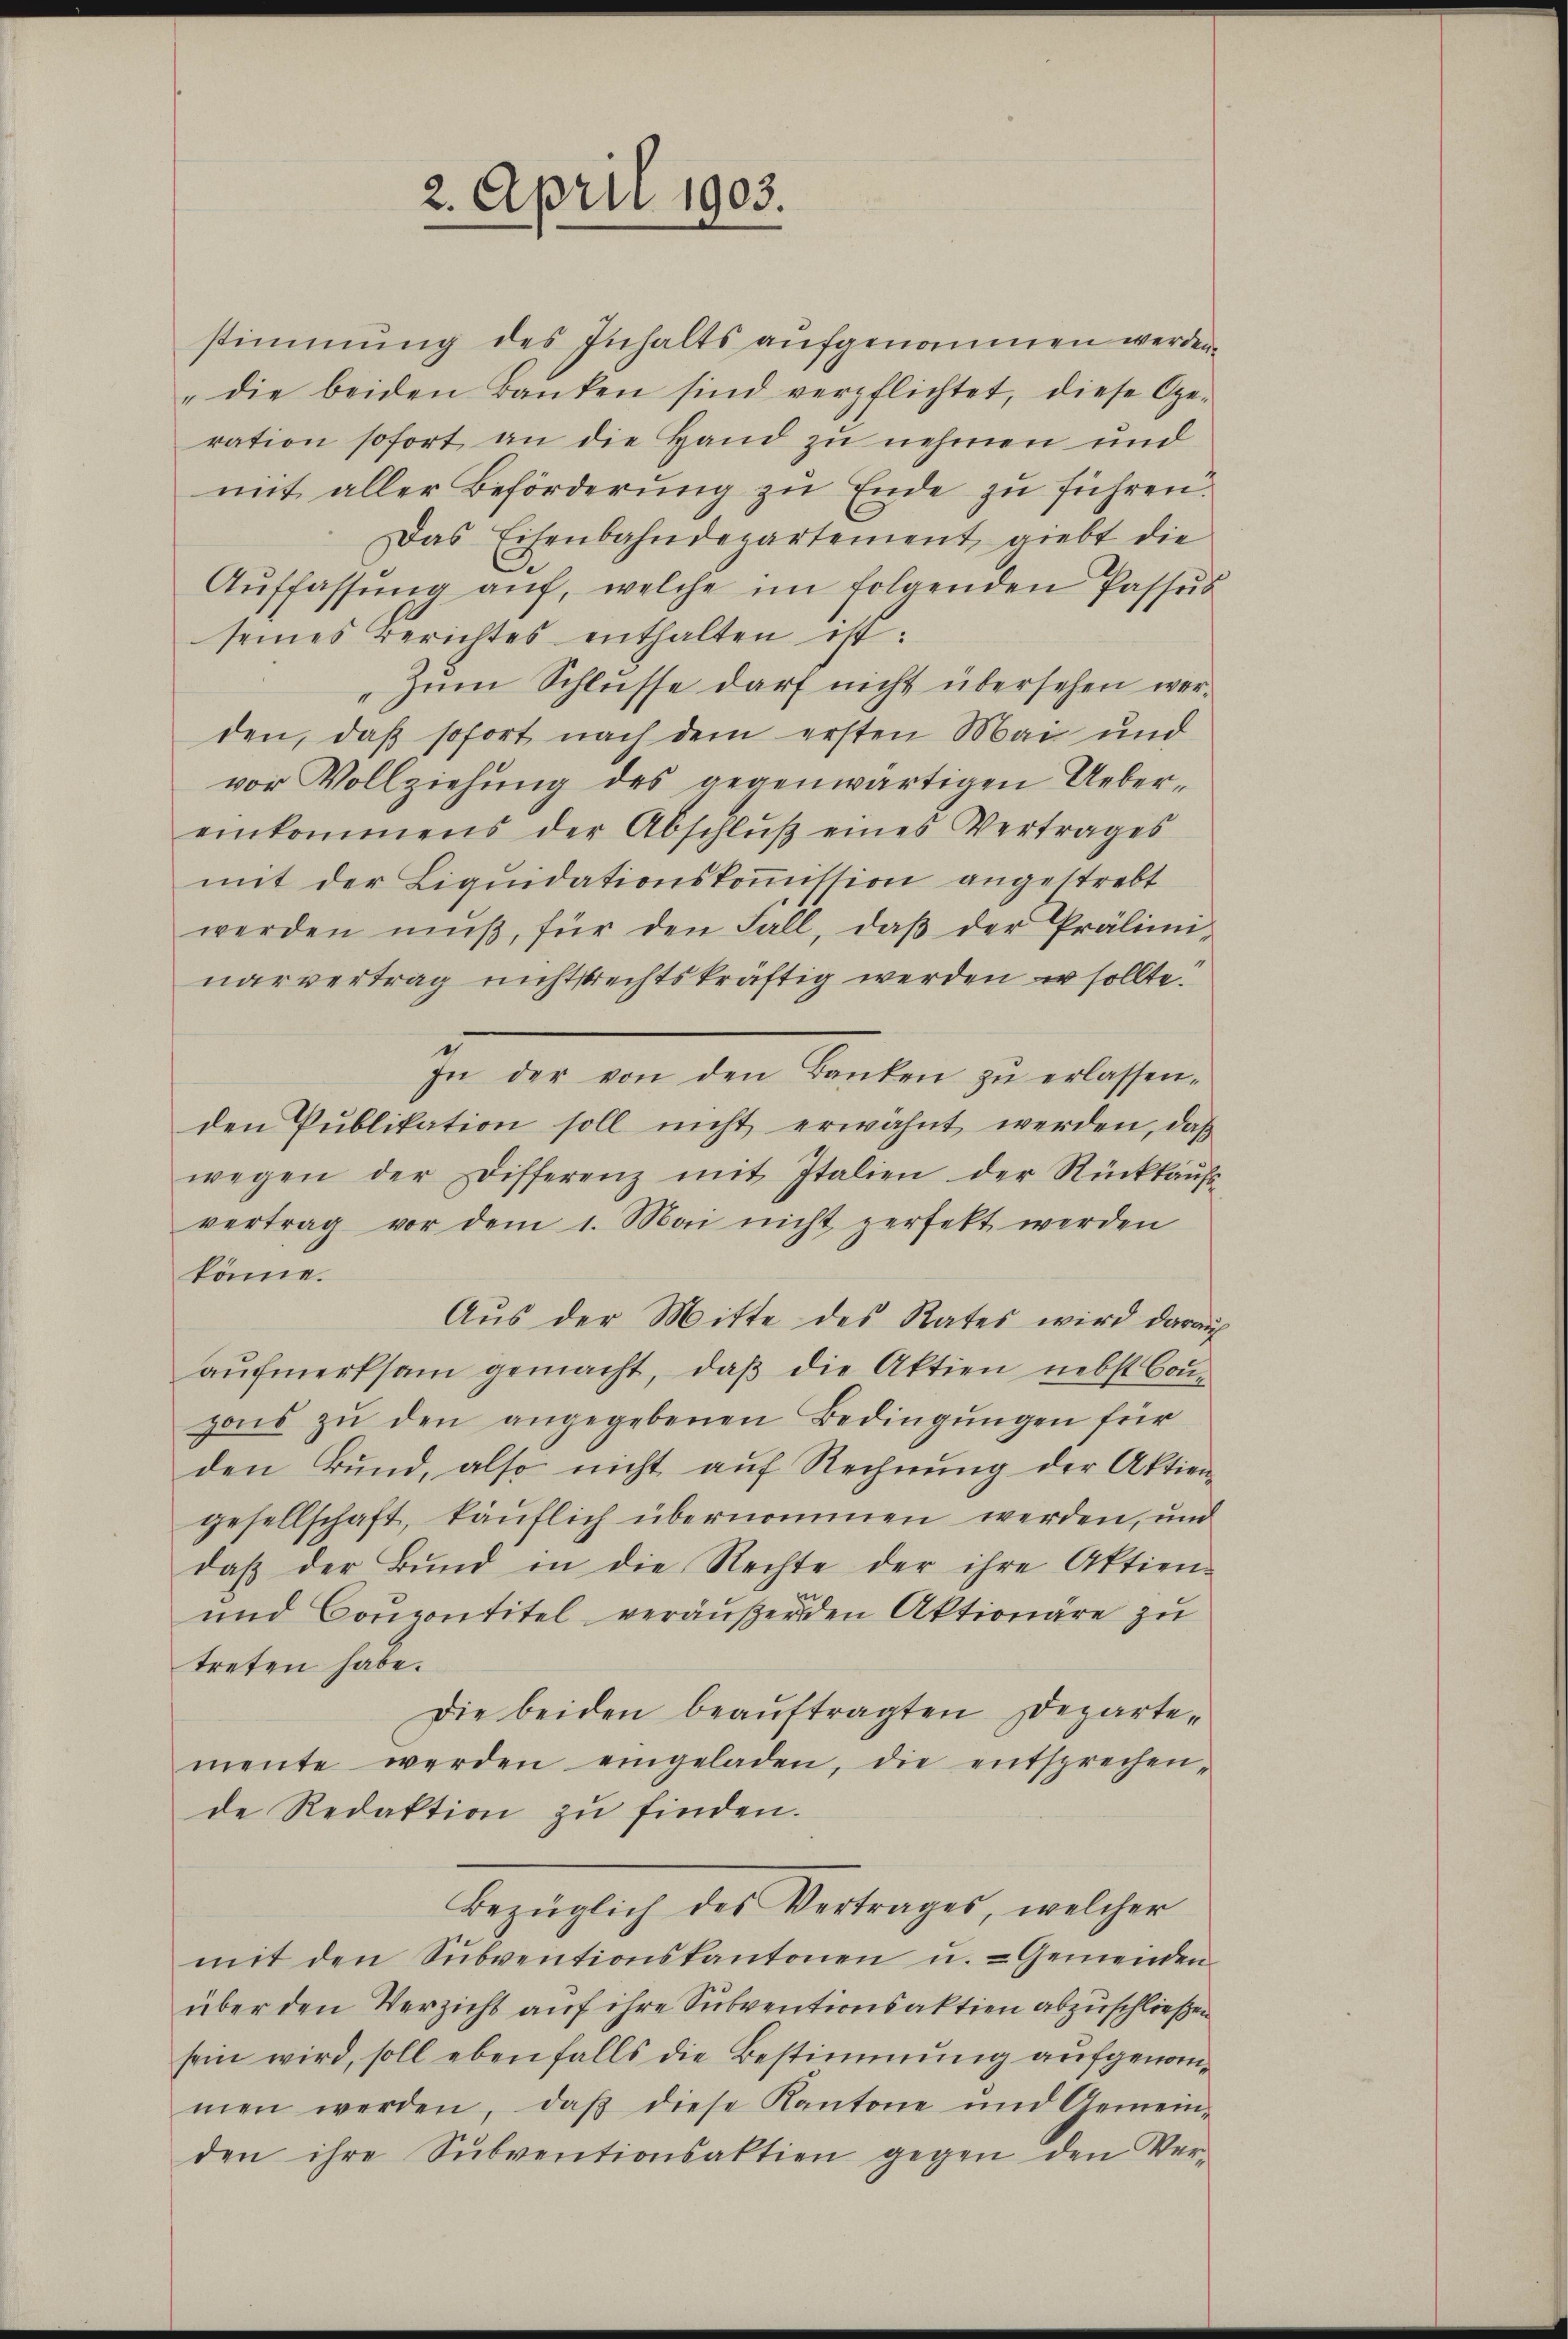
2. April 1903.

stimmung des Inhalts aufgenommen werden.
"die beiden Banken sind verpflichtet, diese Ge-
ration sofort an die Hand zu nehmen und
mit aller Beförderung zu Ende zu führen.
Das Eisenbahndepartement, giebt die
Aŭffassŭng auf, welche im folgenden Passŭs
seines Berichtes enthalten ist.
„Zum Schlüsse darf nicht übersehen werden, daß sofort nach dem ersten Mai und
vor Vollziehŭng des gegenwärtigen Uebereinkommens der Abschlŭβ eines Vertrages
mit der Liquidationskommission angestrebt
werden mŭβ, für den Fall, daβ der Prälimi-
narvertrag nichtsrechtskräftig werden sollte.
In der von den Banken zŭ erlassen.
den Publikation soll nicht erwähnt werden, daß
wegen der Differenz mit Italien der Rückkaŭfs-
vertrag vor dem 1. Mai nicht zerfekt werden
könne.
Aus der Mitte des Rates wird darauf
aufmerksam gemacht, daß die Aktien nebst Cou-
pons zŭ den angegebenen Bedingŭngen für
den Bund, also nicht auf Rechnung der Aktiengesellschaft, käuflich übernommen werden, und
daß der Bund in die Rechte der ihre Aktien¬
und Conzontitel veräußerden Aktionäre zu
treten habe.
Die beiden beauftragten Departemente werden eingeladen, die entsprechen-
de Redaktion zu finden.
Bezüglich des Vertrages, welcher
mit den Sŭbventionskantonen u. - Gemenden
über den Verzicht auf ihre Subventionsaktien abzuschließen
sein wird, soll ebenfalls die Bestimmung aufgenommen werden, daβ diese Kantone und Gemein-
den ihre Sŭbventionsaktien gegen den Ver-